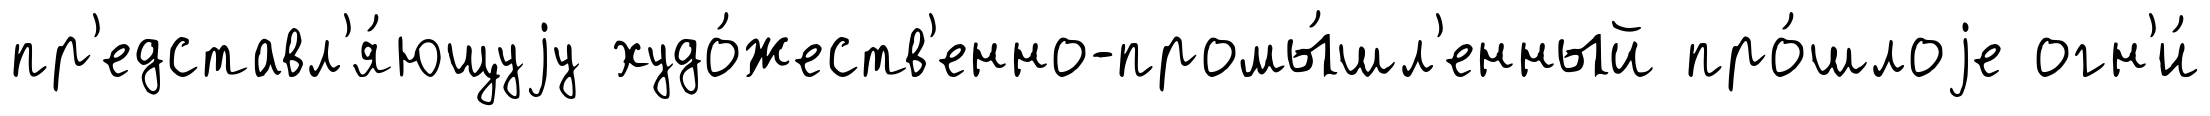
пр'едставл'я́ющуjу худо́жеств'енно-промы́шл'енный про́шлоjе огн'и́